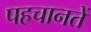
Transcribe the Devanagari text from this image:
पहचानतें